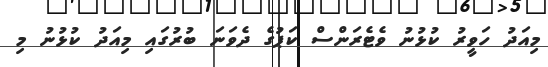
މިއަދު ހަވީރު ކުޅުނު ވެޓެރަންސް ކަޕުގެ ދެވަނަ ބުރުގައި މިއަދު ކުޅުނު މި